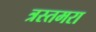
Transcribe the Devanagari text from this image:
त्रस्तमरा